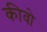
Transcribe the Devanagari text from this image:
कीवो